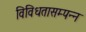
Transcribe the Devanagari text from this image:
विविधतासम्पन्न